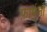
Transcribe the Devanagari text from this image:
फ़ार्मूलो